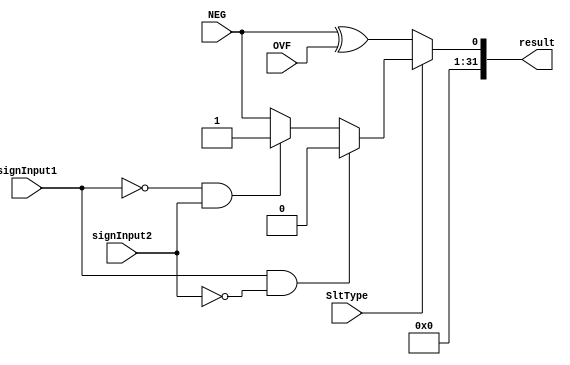
module slt_block(NEG,OVF,SltType, signInput1, signInput2, result);
    input NEG;
    input OVF;
    input SltType;
    input signInput1, signInput2;
    output [31:0] result;
    reg   [31:0] result;
    // SltType
    // 0: slt/slti
    // 1: sltu/sltiu

	always @ (NEG or OVF or SltType or signInput1 or signInput2 or result)
	begin
	
	if (SltType)
    		begin

		if (signInput1 && ~signInput2)
			result = 32'd0;
		else if (~signInput1 && signInput2)
			result = 32'd1;
		else if (signInput1 && signInput2)
			result = {31'b0, NEG};
		else 
			result = {31'b0, NEG};
		end  
	else
		result = { 31'b0, NEG ^ OVF};
	end

//    assign result = {31'b0, ((SltType) ? NEG : (NEG ^ OVF))};
endmodule